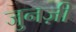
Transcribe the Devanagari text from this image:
जुनज़ी